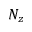
N _ { z }